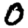
Digit: 0